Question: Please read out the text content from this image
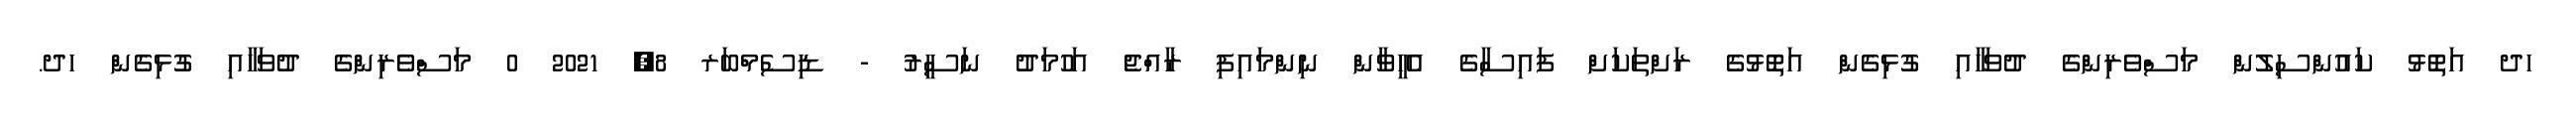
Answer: ހދ އަތޮޅު ކައުންސިލުން މަސްވެރިންގެ ދުވަހާއި ގުޅިގެން އަތޮޅުގެ ރަށްތަކަށް ފައިސާގެ އެހީވާން ނިންމައިފި ރާއްޖެ އަހުމަދު ނަސީރު - ޑިސެމްބަރ 8, 2021 0 މަސްވެރިންގެ ދުވަހާއި ގުޅިގެން ހދ.